Annual report on the mental hospital in the Central Provinces and Berar (Nagpur) - 1927-1951
Year: 1927
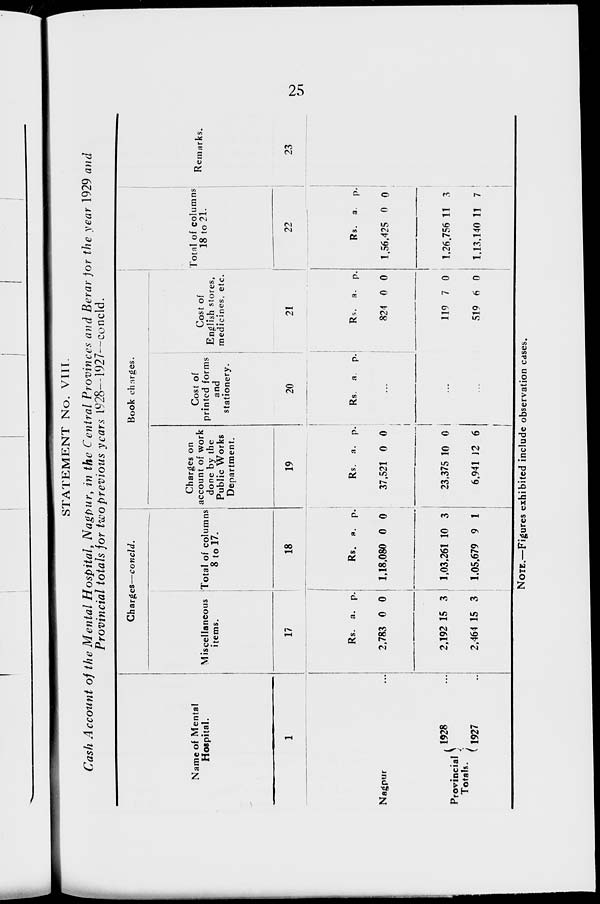
25
STATEMENT No. VIII.
Cash Account of the Mental Hospital, Nagpur, in the Central Provinces and Berar for the year 1929 and
Provincial totals for two previous years 1928—1927—concld.
Name of Mental
Hospital.
1
Nagpur ...
Provincial
Totals.
1928 ...
1927 ...
Charges—concld.
Miscellaneous
items.
17
Rs.
2,783
2,192
2,464
a.
0
15
15
p.
0
3
3
Total of columns
8 to 17.
18
Rs.
1,18,080
1,03,261
1,05,679
a.
0
10
9
p.
0
3
1
Book charges.
Charges on
account of work
done by the
Public Works
Department.
19
Rs.
37,521
23,375
6,941
a.
0
10
12
p.
0
0
6
Cost of
printed forms
and
stationery.
20
Rs. a. p.
...
...
...
Cost of
English stores,
medicines, etc.
21
Rs.
824
119
519
a.
0
7
6
p.
0
0
0
Total of columns
18 to 21.
22
Rs.
1,56,425
1,26,756
1,13,140
a.
0
11
11
p.
0
3
7
Remarks.
23
NOTE.—Figures exhibited include observation cases.